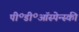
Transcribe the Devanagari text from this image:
पी॰डी॰ऑस्पेन्स्की